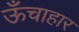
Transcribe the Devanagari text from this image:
ऊँचाहार